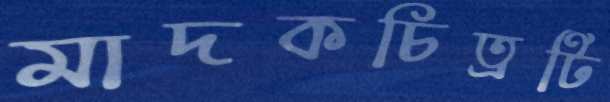
মাদকচিত্রটি